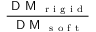
\frac { \textsf { D M } _ { \mathrm { ~ r ~ i ~ g ~ i ~ d ~ } } } { \textsf { D M } _ { \mathrm { ~ s ~ o ~ f ~ t ~ } } }